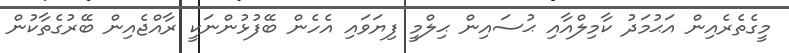
މީގެތެރެއިން އަޙުމަދު ކާމިލްއާއި ޙުސައިން ޙިލްމީ ފިޔަވައި އެހެން ބޭފުޅުންނަކީ ރާއްޖެއިން ބޭރުގެތާކުން